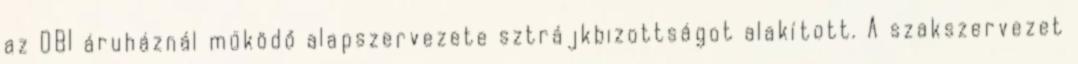
az OBI áruháznál működő alapszervezete sztrájkbizottságot alakított. A szakszervezet